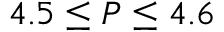
4 . 5 \le P \le 4 . 6